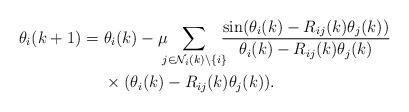
LaTeX: \begin{align*}\theta_i(k+1)=&~\theta_i(k)-\mu\!\!\!\sum_{j\in \mathcal{N}_i(k)\setminus \{i\}}\!\!\!\frac{\sin(\theta_i(k)-R_{ij}(k)\theta_j(k))}{\theta_i(k)-R_{ij}(k)\theta_j(k)}\\&~\times(\theta_i(k)-R_{ij}(k)\theta_j(k)).\end{align*}